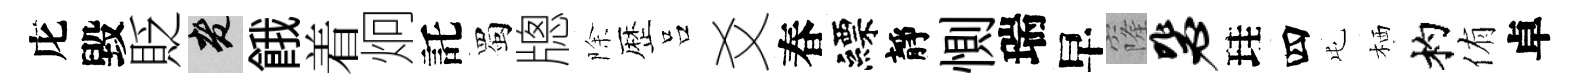
庀毀貶老餓着炯託蜀牕除歴吕爻春縹靜惻瑞早窿毖珪四屯栖杓侑卓